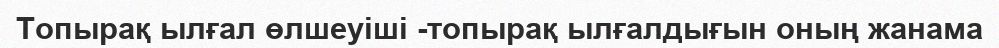
Топырақ ылғал өлшеуіші -топырақ ылғалдығын оның жанама